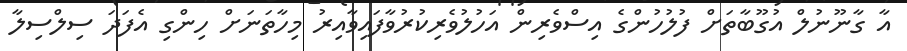
އާ ގާނޫނުލް އުގޫބާތަށް ފުލުހުންގެ އިސްވެރިން އަހުލުވެރިކުރުވާފައިވާއިރު މިހާތަނަށް ހިންގި އެފަދަ ސިލްސިލާ